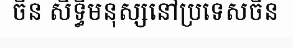
ចិន សិទ្ធិមនុស្សនៅប្រទេសចិន